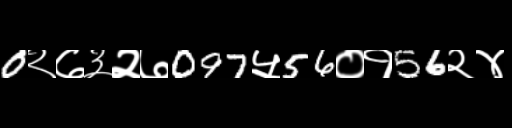
Text: 0२७३२७097५56०१56२४